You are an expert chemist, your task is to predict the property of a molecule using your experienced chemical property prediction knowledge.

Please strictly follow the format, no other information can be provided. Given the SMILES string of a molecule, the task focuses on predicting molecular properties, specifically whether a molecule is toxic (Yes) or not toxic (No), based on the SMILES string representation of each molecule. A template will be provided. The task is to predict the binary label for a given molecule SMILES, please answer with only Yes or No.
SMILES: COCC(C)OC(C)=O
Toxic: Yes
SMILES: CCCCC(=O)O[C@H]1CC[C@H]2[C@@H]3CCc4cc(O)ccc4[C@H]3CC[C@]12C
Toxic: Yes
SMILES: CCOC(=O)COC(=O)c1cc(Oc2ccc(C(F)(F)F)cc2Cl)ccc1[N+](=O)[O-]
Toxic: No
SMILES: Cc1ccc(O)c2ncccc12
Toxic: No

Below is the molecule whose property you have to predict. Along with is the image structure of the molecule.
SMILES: Cc1cc(C)c(N)c(Cl)c1
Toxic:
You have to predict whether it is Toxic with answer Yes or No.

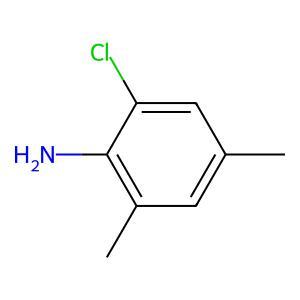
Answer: No